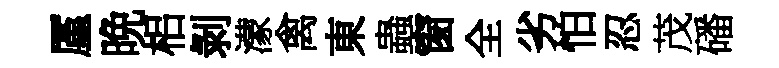
厪晩梠剝濛禽東蟲窗全劣怕忍茂磻